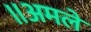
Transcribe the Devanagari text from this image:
॥अमले